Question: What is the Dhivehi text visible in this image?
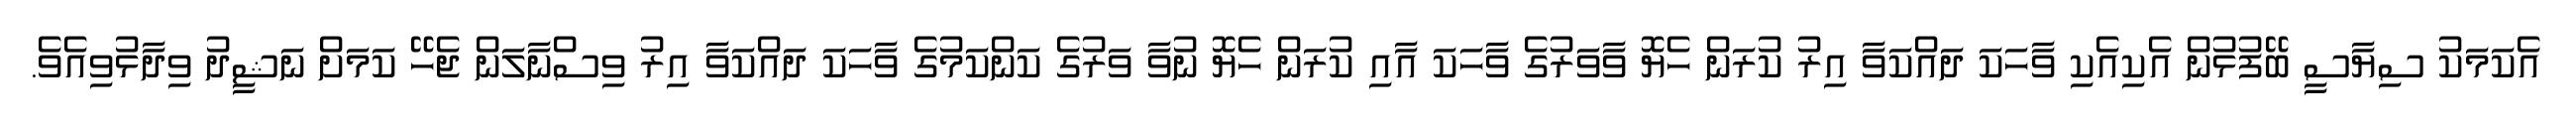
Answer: އެކަމަކު ސިޔާސީ ބޭފުޅުން އެކިއެކި ވާހަކަ ދައްކަވާ އިރު ކުރަން ހެޔޮ ވާވަރުގެ ވާހަކަ އާއި ކުރަން ހެޔޮ ނުވާ ވަރުގެ ކަންކަމުގެ ވާހަކަ ދައްކަވާ އިރު ވިސްނާލަން ޖެހޭ ކަމަށް ނަޝީދު ވިދާޅުވިއެވެ.